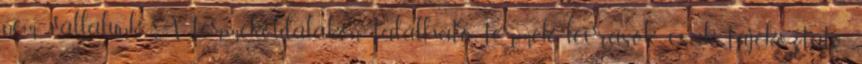
nem vállalunk A termékoldalakon található termék leírások csak tájékoztató